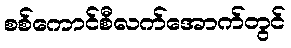
စစ်ကောင်စီလက်အောက်တွင်